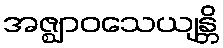
အဇ္ဈာဝသေယျန္တိ